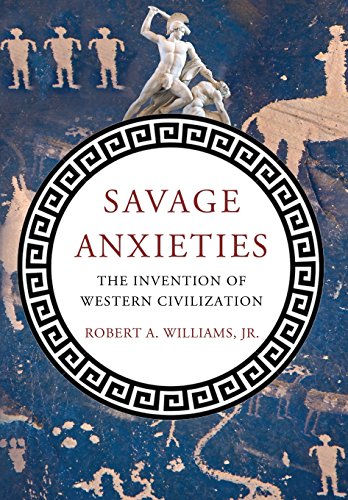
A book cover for Savage Anxieties: The Invention of Western Civilization; Robert A. Williams Jr; History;